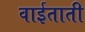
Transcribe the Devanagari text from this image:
वाईताती